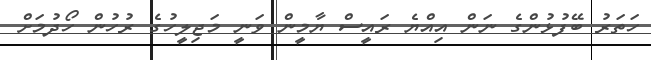
ހަތަރު ބޭފުޅުންގެ ނަން އިއްޔެ ރައީސް ޔާމީން ވަނީ މަޖިލީހުގެ ރުހުން ހޯދުމަށް